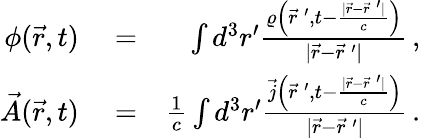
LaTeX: \begin{array}{rlr}{\phi(\vec{r},t)}&{{}=}&{\int d^{3}r^{\prime}\frac{\varrho\left(\vec{r}\: ^{\prime},t-\frac{|\vec{r}-\vec{r}\: ^{\prime}|}{c}\right)}{|\vec{r}-\vec{r}\: ^{\prime}|}\, ,}\\ {\vec{A}(\vec{r},t)}&{{}=}&{\frac{1}{c}\int d^{3}r^{\prime}\frac{\vec{j}\left(\vec{r}\: ^{\prime},t-\frac{|\vec{r}-\vec{r}\: ^{\prime}|}{c}\right)}{|\vec{r}-\vec{r}\: ^{\prime}|}\, .}\end{array}